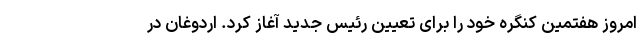
امروز هفتمین کنگره خود را برای تعیین رئیس جدید آغاز کرد. اردوغان در